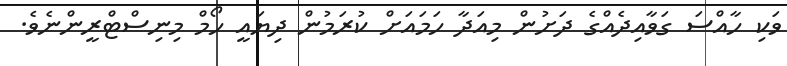
ވަކި ހާއްސަ ގަވާއިދެއްގެ ދަށުން މިއަދާ ހަމައަށް ކުރަމުން ދިޔައީ ހޯމް މިނިސްޓްރީންނެވެ.